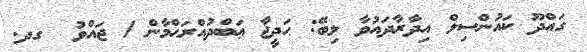
ގައްދޫ ކައުންސިލް އިދާރާދައުވާ ލިބޭ: ޙަދީޖާ ޢަބްދުއްރަޙްމާން / ޖައްވު  ގދ.